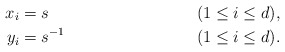
\begin{align*} x_i &= s && (1 \leq i \leq d), \\ y_i &= s^{-1} && (1 \leq i \leq d). \end{align*}